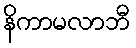
နိကာမလာဘီ